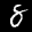
Label: 8